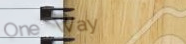
One Way